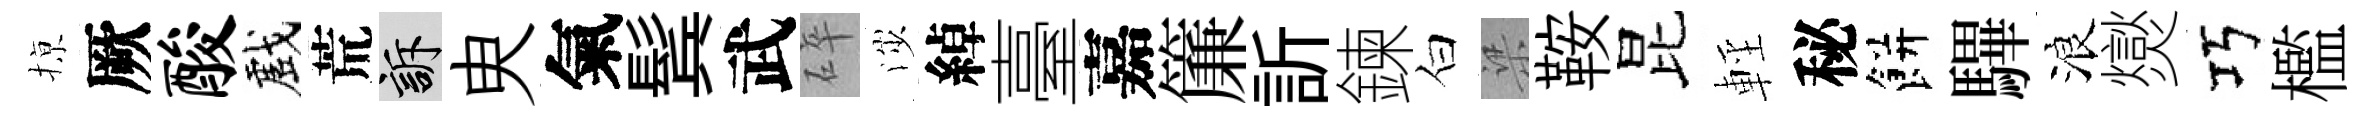
𢱊厥酸戲荒訴㬰氣鬂武碎渉綽臺嘉簾訢鍊白梁鞍昆輕秘餅驆浪爕巧檻